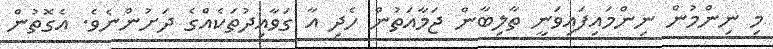
މި ނިންމުން ނިންމައިފައިވަނީ ތާލިބާން ޖަމާއަތުން ހެދި އާ ގަވާއިދުތަކެއްގެ ދަށުންނެވެ. އެގޮތުން